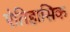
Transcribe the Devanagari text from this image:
ऐतिहासिक